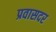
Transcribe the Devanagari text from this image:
प्रवासदर